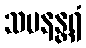
သမနန္တရံ